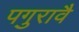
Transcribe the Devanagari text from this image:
पगुरावै